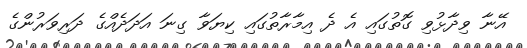
އޭނާ ވިދާޅުވި ގޮތުގައި އެ ދެ އިމާރާތުގައި ކިޔަވާ ގިނަ އަދަދެއްގެ ދަރިވަރުންގެ